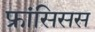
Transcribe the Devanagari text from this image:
फ्रांसिसस